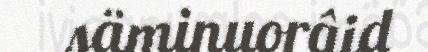
säminuorâid